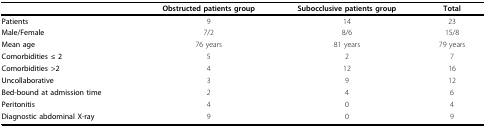
<table><thead><tr><td></td><td><b>Obstructed patients group</b></td><td><b>Subocclusive patients group</b></td><td><b>Total</b></td></tr></thead><tbody><tr><td><b>Patients</b></td><td>9</td><td>14</td><td>23</td></tr><tr><td><b>Male/Female</b></td><td>7/2</td><td>8/6</td><td>15/8</td></tr><tr><td><b>Mean age</b></td><td>76 years</td><td>81 years</td><td>79 years</td></tr><tr><td><b>Comorbidities ≤ 2</b></td><td>5</td><td>2</td><td>7</td></tr><tr><td><b>Comorbidities &gt;2</b></td><td>4</td><td>12</td><td>16</td></tr><tr><td><b>Uncollaborative</b></td><td>3</td><td>9</td><td>12</td></tr><tr><td><b>Bed-bound at admission time</b></td><td>2</td><td>4</td><td>6</td></tr><tr><td><b>Peritonitis</b></td><td>4</td><td>0</td><td>4</td></tr><tr><td><b>Diagnostic abdominal X-ray</b></td><td>9</td><td>0</td><td>9</td></tr></tbody></table>